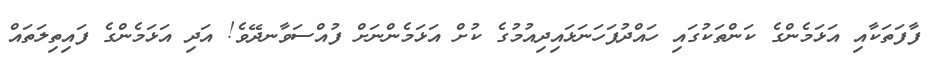
ފާފަތަކާއި އަޅަމެންގެ ކަންތަކުގައި ހައްދުފަހަނަޅައިދިއުމުގެ ކުށް އަޅަމެންނަށް ފުއްސަވާނދޭވެ! އަދި އަޅަމެންގެ ފައިތިލަތައް